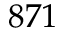
8 7 1